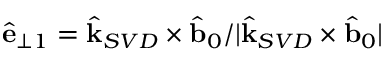
\hat { \mathbf { e } } _ { \perp 1 } = \hat { \mathbf { k } } _ { S V D } \times \hat { \mathbf { b } } _ { 0 } / | \hat { \mathbf { k } } _ { S V D } \times \hat { \mathbf { b } } _ { 0 } |